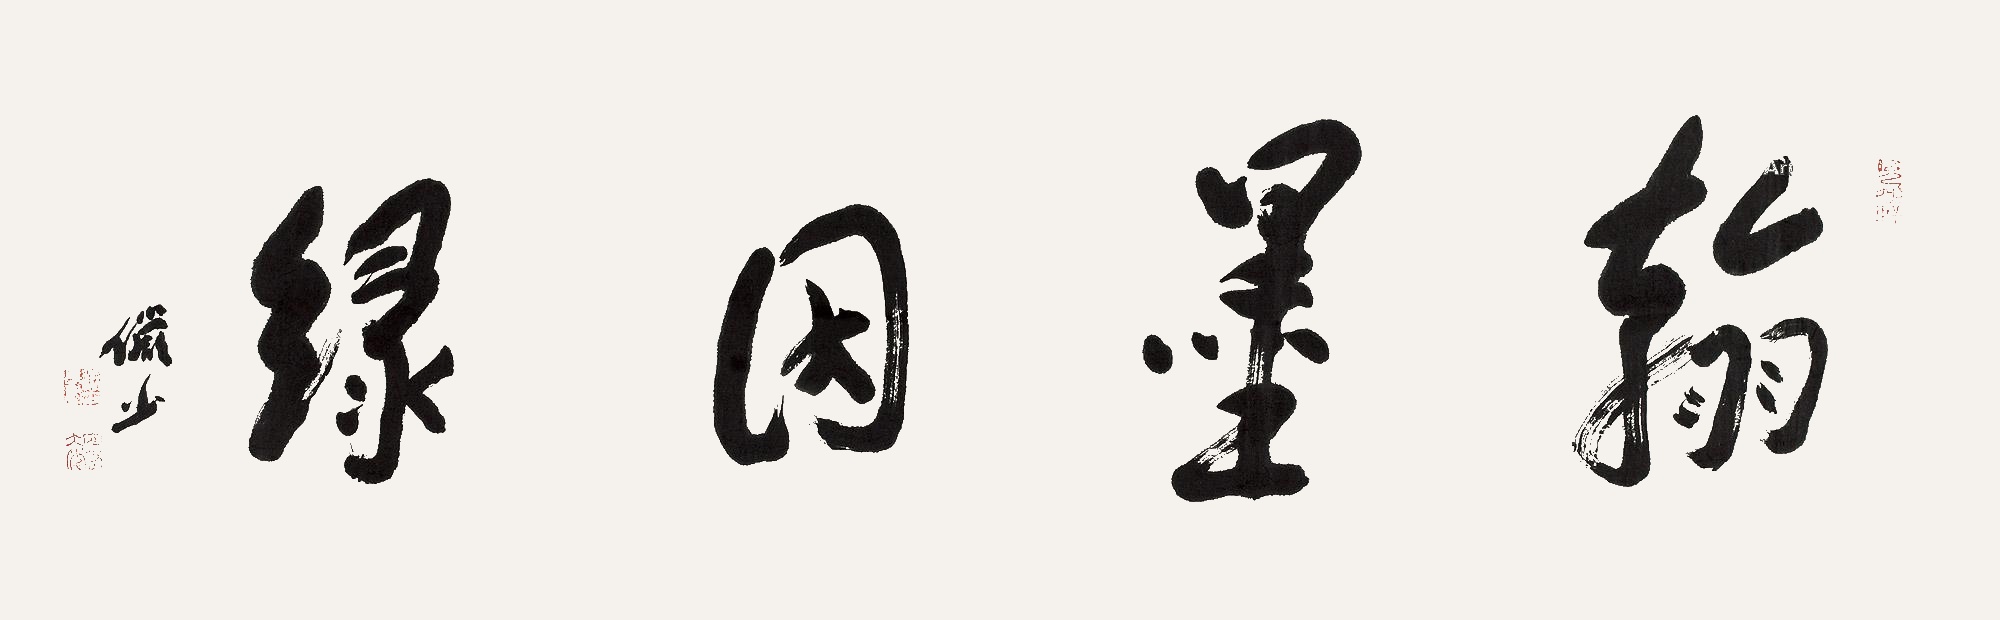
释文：翰墨因缘俨少。